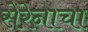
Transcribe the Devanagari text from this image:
सेरेनाचा